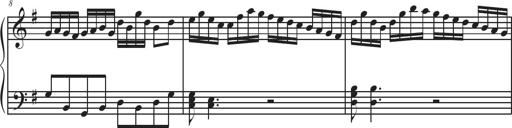
Title: Sonatina Espania
Composer: Jerald Franklin Archer
Key: Various